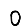
Digit: 0